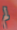
لم